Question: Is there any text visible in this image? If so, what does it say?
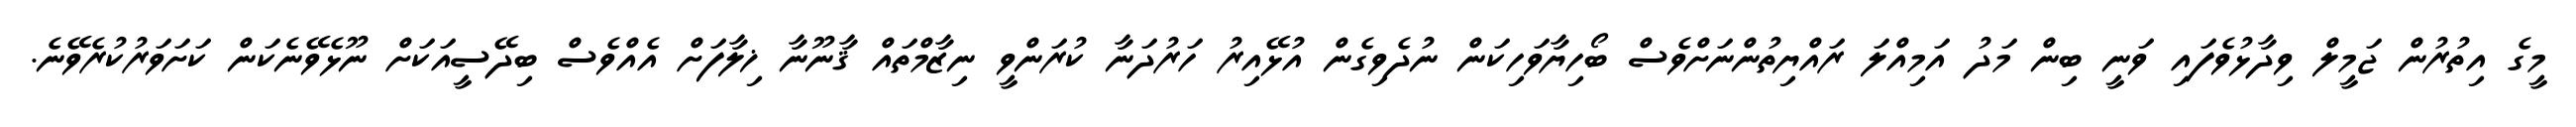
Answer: މީގެ އިތުރުން ޖަމީލް ވިދާޅުވެފައި ވަނީ ބިން މަދު އަމިއްލަ ރައްޔިތުންނަށްވެސް ބޯހިޔާވަހިކަން ނުދެވިގެން އުޅޭއިރު ހަރުދަނާ ކުރަންވީ ނިޒާމްތައް ޤާނޫނާ ޚިލާފަށް އެއްވެސް ބިދޭސީއަކަށް ނޫޅެވޭނެކަން ކަށަވަރުކުރެވޭނެ.